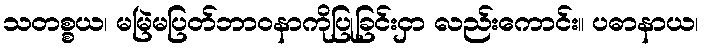
သတစ္စယ၊ မမြဲမပြတ်ဘာဝနာကိုပြုခြင်းငှာ လည်းကောင်း။ ပဓာနာယ၊